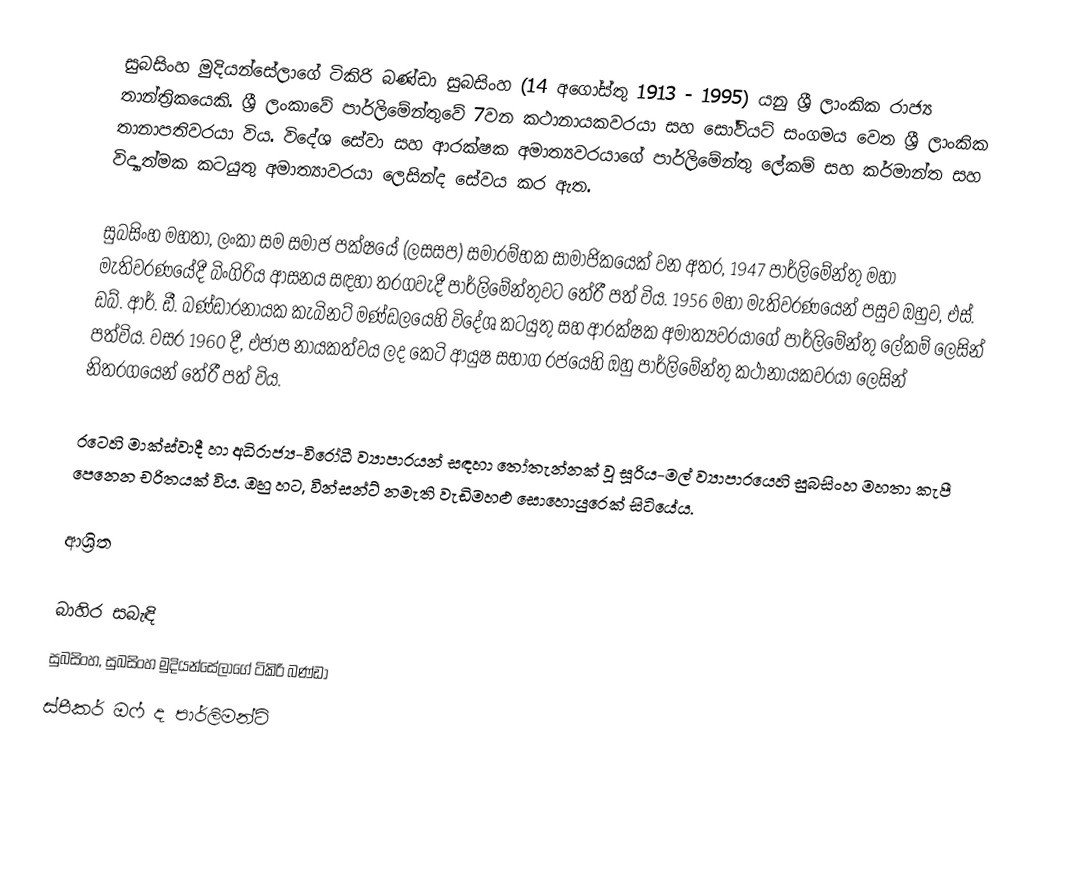
සුබසිංහ මුදියන්සේලාගේ ටිකිරි බණ්ඩා සුබසිංහ (14 අගෝස්තු 1913 - 1995) යනු  ශ්‍රී ලාංකික රාජ්‍ය තාන්ත්‍රිකයෙකි. ශ්‍රී ලංකාවේ පාර්ලිමේන්තුවේ 7වන කථානායකවරයා සහ සෝවියට් සංගමය වෙත ශ්‍රී ලාංකික තානාපතිවරයා විය.  විදේශ සේවා සහ ආරක්ෂක අමාත්‍යවරයාගේ පාර්ලිමේන්තු ලේකම් සහ කර්මාන්ත සහ විද්‍යාත්මක කටයුතු අමාත්‍යාවරයා ලෙසින්ද සේවය කර ඇත.

සුබසිංහ මහතා, ලංකා සම සමාජ පක්ෂයේ (ලසසප) සමාරම්භක සාමාජිකයෙක් වන අතර, 1947 පාර්ලිමේන්තු මහා මැතිවරණයේදී බිංගිරිය ආසනය සඳහා තරගවැදී පාර්ලිමේන්තුවට තේරී පත් විය. 1956 මහා මැතිවරණයෙන් පසුව ඔහුව,   එස්. ඩබ්. ආර්. ඩී. බණ්ඩාරනායක කැබිනට් මණ්ඩලයෙහි විදේශ කටයුතු සහ ආරක්ෂක අමාත්‍යවරයාගේ පාර්ලිමේන්තු ලේකම් ලෙසින් පත්විය.  වසර 1960 දී, එජාප නායකත්වය ලද කෙටි ආයුෂ සභාග රජයෙහි ඔහු පාර්ලිමේන්තු කථානායකවරයා ලෙසින් නිතරගයෙන් තේරී පත් විය.

රටෙහි මාක්ස්වාදී හා අධිරාජ්‍ය-විරෝධී ව්‍යාපාරයන් සඳහා තෝතැන්නක් වූ සූරිය-මල් ව්‍යාපාරයෙහි සුබසිංහ මහතා  කැපී පෙනෙන චරිතයක් විය. ඔහු හට, වින්සන්ට් නමැති වැඩිමහළු සොහොයුරෙක් සිටියේය.

ආශ්‍රිත

බාහිර සබැඳි
සුබසිංහ, සුබසිංහ මුදියන්සේලාගේ ටිකිරි බණ්ඩා
ස්පීකර් ඔෆ් ද පාර්ලිමන්ට්